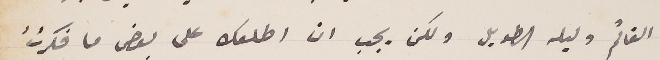
القاتم وليله الطويل ولكن يجب ان اطلعك على بعض ما فكرتُ